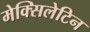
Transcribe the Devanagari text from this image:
मेक्सिलेटिन